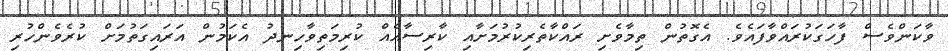
ވާކަންވެސް ފާހަގަކުރައްވާފައެވެ. އެގޮތުން ތިމާވެށި ރައްކާތެރިކުރުމަށާއި ކާރިސާއެއް ކުރިމަތިވާހިނދު އެކަމުން އަރައިގަތުމަށް ކުރެވެންހުރި